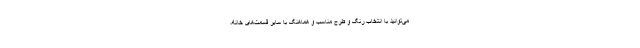
می‌توانید با انتخاب رنگ و طرح مناسب و هماهنگ با سایر قسمت‌های خانه،